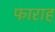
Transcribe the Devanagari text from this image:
फाराह